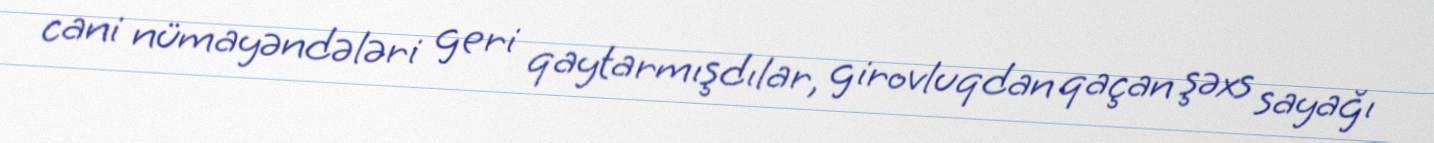
cani nümayəndələri geri qaytarmışdılar, girovluqdan qaçan şəxs sayağı